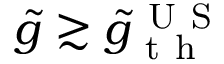
\tilde { g } \gtrsim \tilde { g } _ { \mathrm { ~ t ~ h ~ } } ^ { \mathrm { ~ U ~ S ~ } }